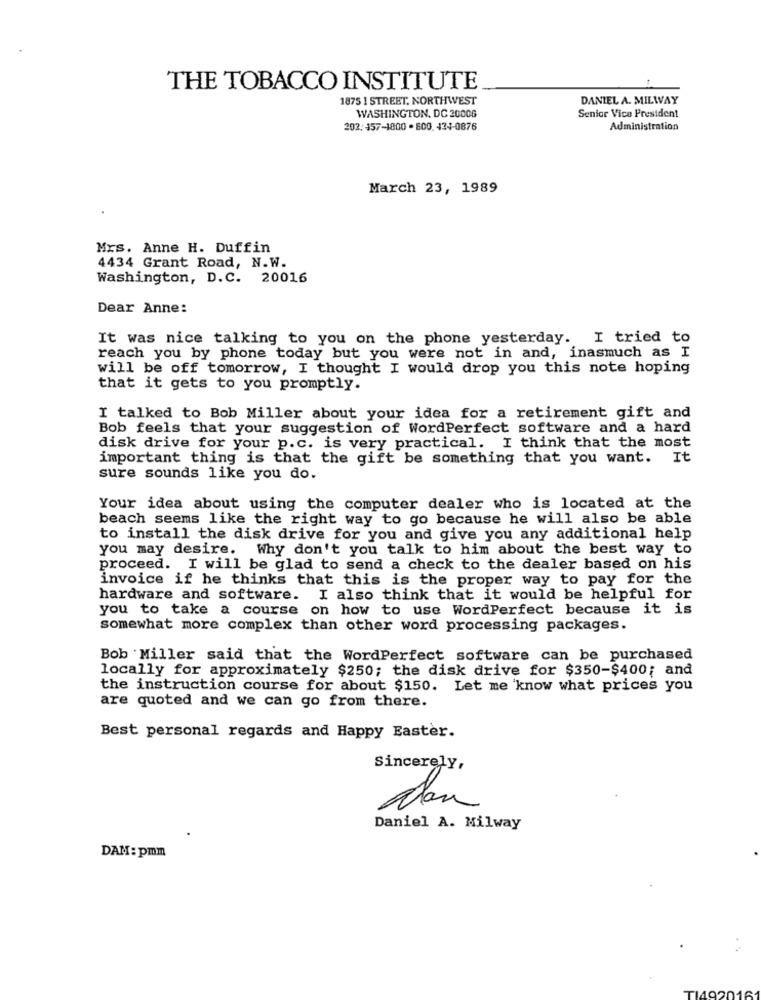
THE TOBACCO INSTITUTE
1875 1 STREET, NORTHWEST
DANIEL A. MILWAY
WASHINGTON, DC 20006
Senior Vice President
202. 157-1800 . 800. 434-0876
Administration
March 23, 1989
Mrs. Anne H. Duffin
4434 Grant Road, N.W.
Washington, D.C. 20016
Dear Anne:
It was nice talking to you on the phone yesterday. I tried to
reach you by phone today but you were not in and, inasmuch as I
will be off tomorrow, I thought I would drop you this note hoping
that it gets to you promptly.
I talked to Bob Miller about your idea for a retirement gift and
Bob feels that your suggestion of WordPerfect software and a hard
disk drive for your p.c. is very practical. I think that the most
important thing is that the gift be something that you want. It
sure sounds like you do.
Your idea about using the computer dealer who is located at the
beach seems like the right way to go because he will also be able
to install the disk drive for you and give you any additional help
you may desire. Why don't you talk to him about the best way to
proceed. I will be glad to send a check to the dealer based on his
invoice if he thinks that this is the proper way to pay for the
hardware and software. I also think that it would be helpful for
you to take a course on how to use WordPerfect because it is
somewhat more complex than other word processing packages.
Bob 'Miller said that the WordPerfect software can be purchased
locally for approximately $250; the disk drive for $350-$400; and
the instruction course for about $150. Let me know what prices you
are quoted and we can go from there.
Best personal regards and Happy Easter.
Sincerely,
dan
Daniel A. Milway
DAM: pmm